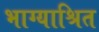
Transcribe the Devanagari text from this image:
भाग्याश्रित